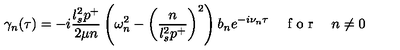
\gamma _ { n } ( \tau ) = - i \frac { l _ { s } ^ { 2 } p ^ { + } } { 2 \mu n } \left( \omega _ { n } ^ { 2 } - \left( \frac { n } { l _ { s } ^ { 2 } p ^ { + } } \right) ^ { 2 } \right) b _ { n } e ^ { - i \nu _ { n } \tau } \quad \textrm { f o r } \quad n \neq 0